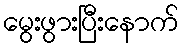
မွေးဖွားပြီးနောက်